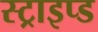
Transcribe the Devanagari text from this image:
स्ट्राइप्ड